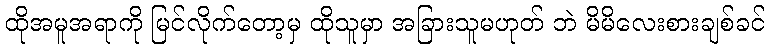
ထိုအမူအရာကို မြင်လိုက်တော့မှ ထိုသူမှာ အခြားသူမဟုတ် ဘဲ မိမိလေးစားချစ်ခင်